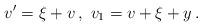
LaTeX: \begin{align*} \begin{aligned} v' = \xi + v \,, \ v_1 = v + \xi + y \,. \end{aligned} \end{align*}